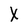
Character: X